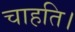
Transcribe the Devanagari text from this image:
चाहति।